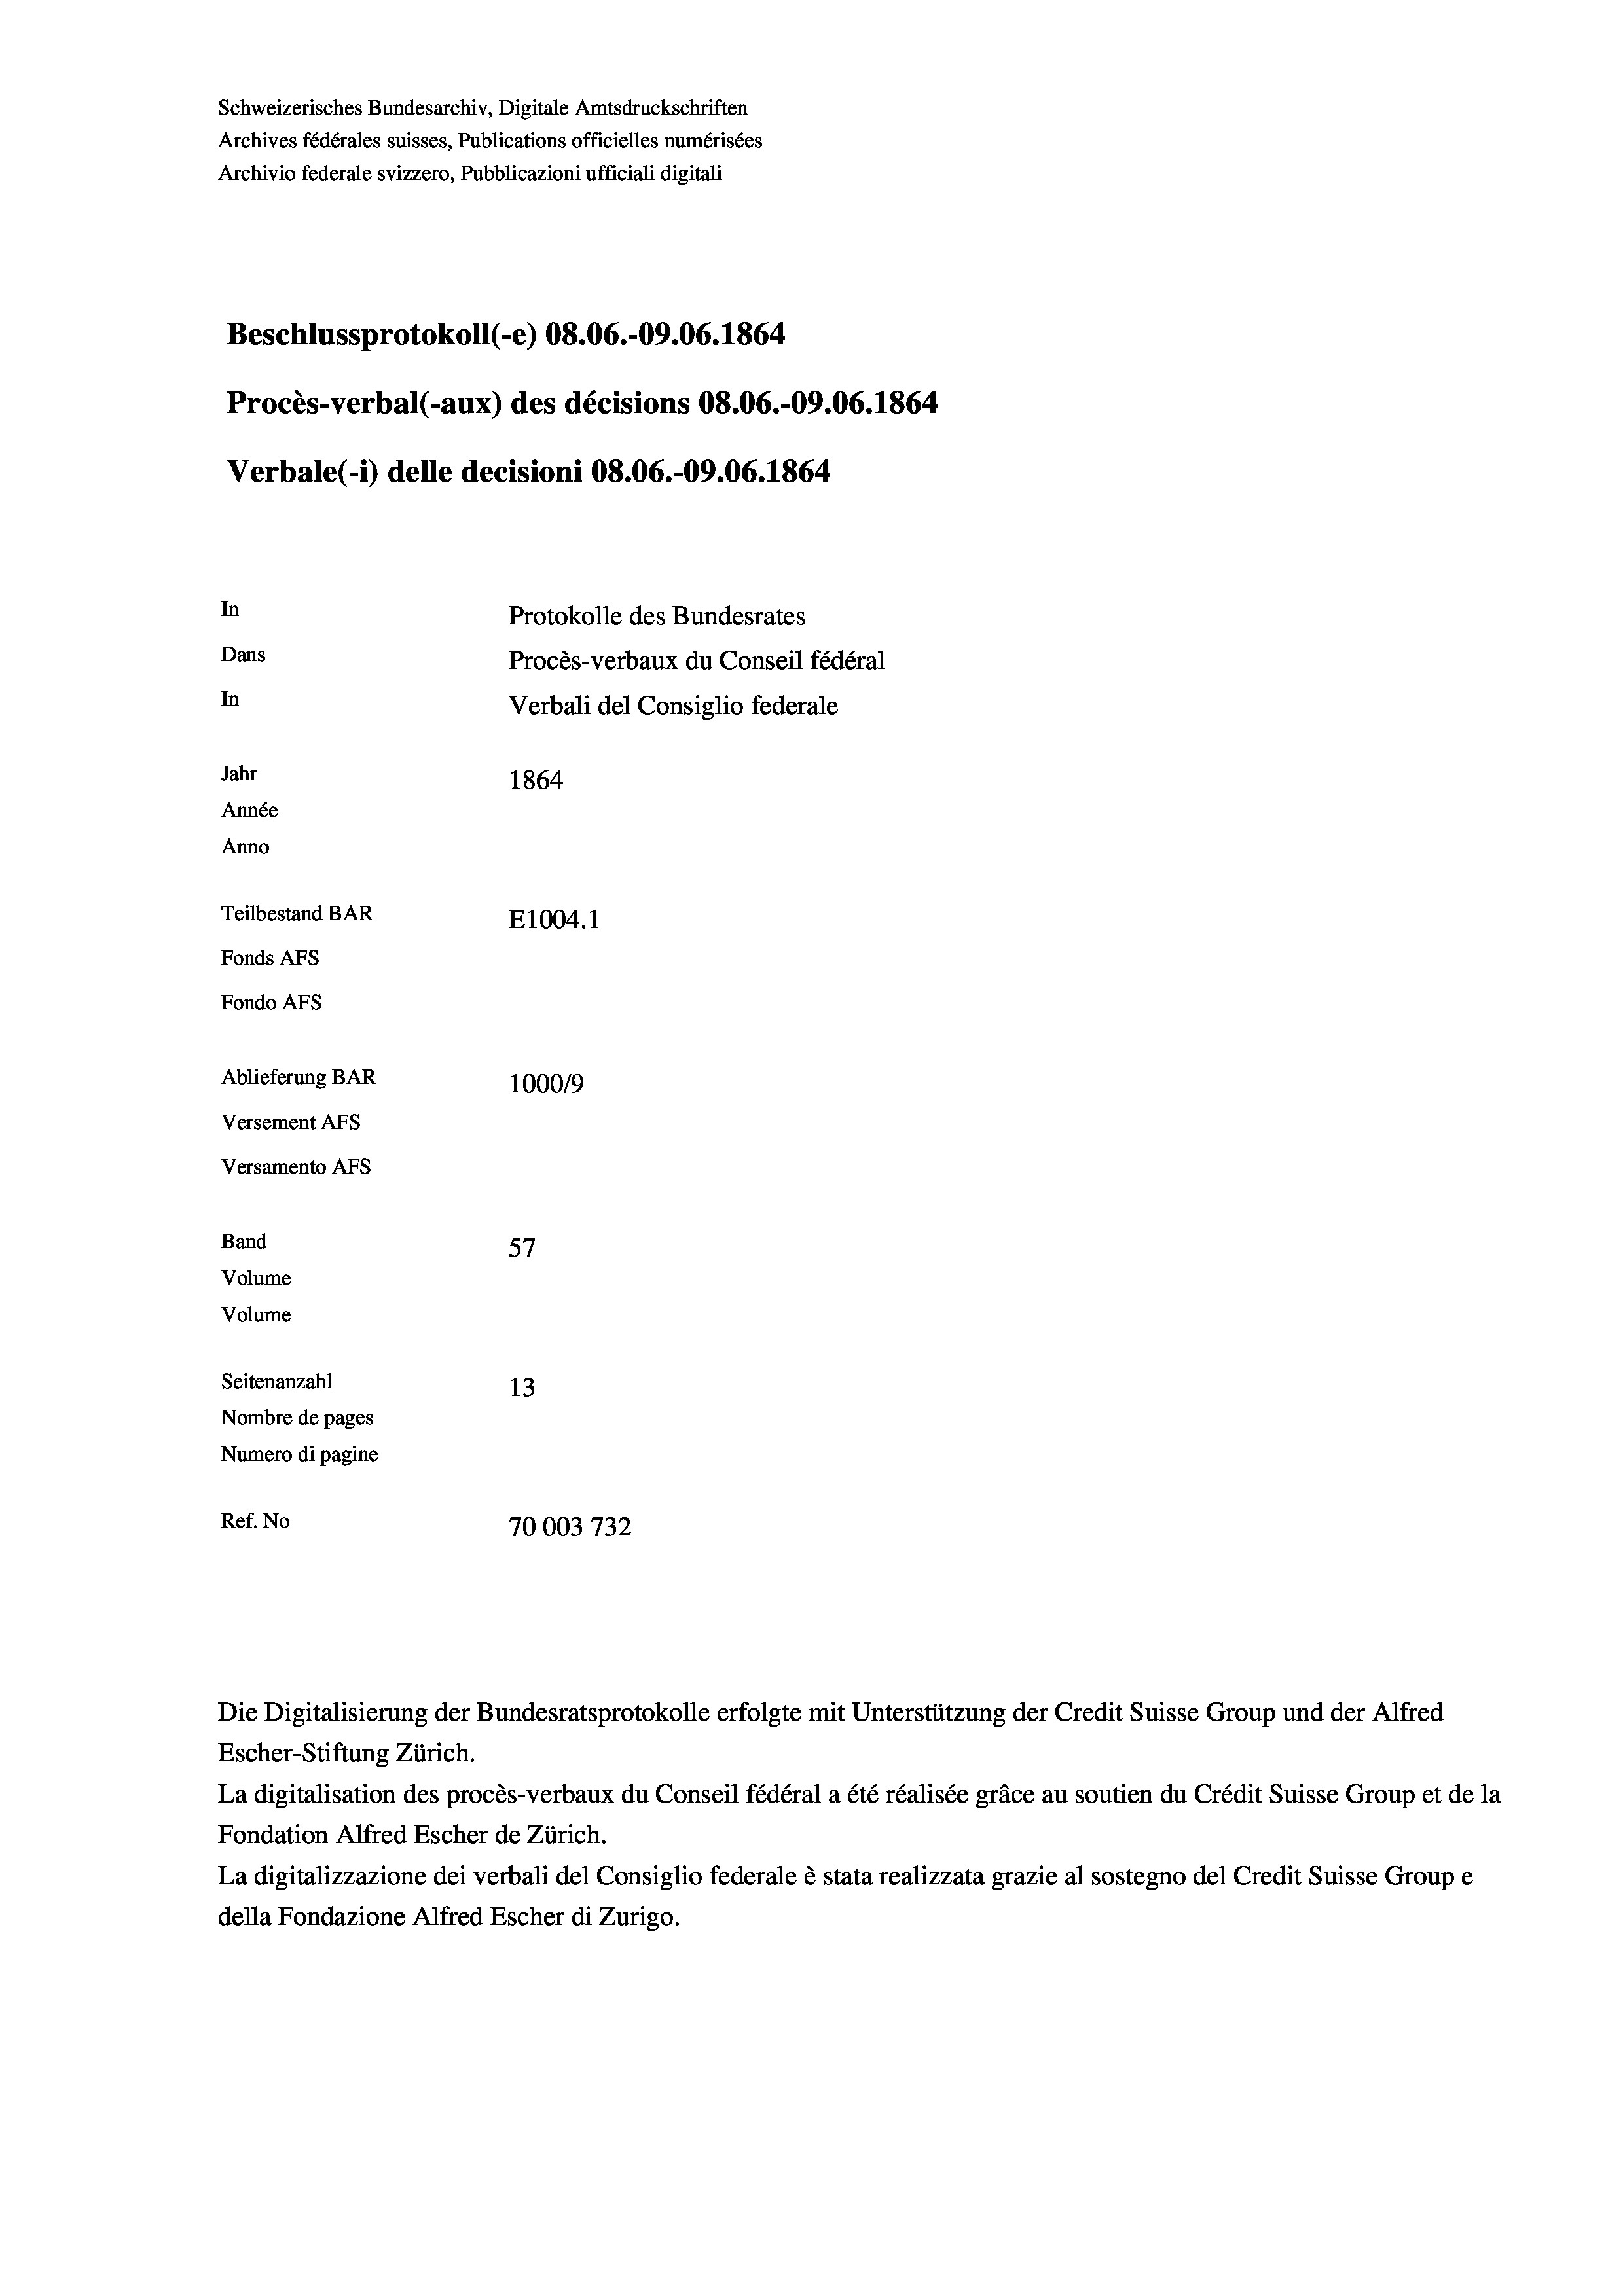
Schweizerisches Bundesarchiv, Digitale Amtsdruckschriften
Archives fédérales suisses, Publications officielles numérisées
Archivio federale svizzero, Pubblicazioni ufficiali digitali
Beschlussprotokoll (-e) 08.06.-09.06. 1864
Procès-verbal (-aux) des décisions 08.06.-09.06. 1864
Verbale (-*) delle decisioni 08.06.-09.06. 1864.
In
Protokolle des Bundesrates
Dans
Procès-verbaux du Conseil fédéral
In
Verbali del Consiglio federale
Jahr
1864
Année
Anno
Teilbestand BAR
E1004. 1
Fonds AFs
Fondo Afs
Ablieferung BAR
100019
Versement AFs
Versamento Afs
Band
57
Volume
Volume
Seitenanzahl
13
Nombre de pages
Numero di pagine
Ref. No
70003732

Escher-Stiftung Zürich.

La digitalisation des procès-verbaux du Conseil fédéral a été réalisée gräce au soutien du Crédit Suisse Group et de la
Fondation Alfred Escher de Zürich.
La digitalizzazione dei verbali del Consiglio federale è stata realizzata grazie al sostegno del Credit Suisse Groupe
della Fondazione Alfred Escher di Zurigo.

Die Digitalisierung der Bundesratsprotokolle erfolgte mit Unterstützung der Credit Suisse Group und der Alfred